Civil Veterinary Department. Central Provinces & Berar 1925-31 - 1925-1931
Year: 1925
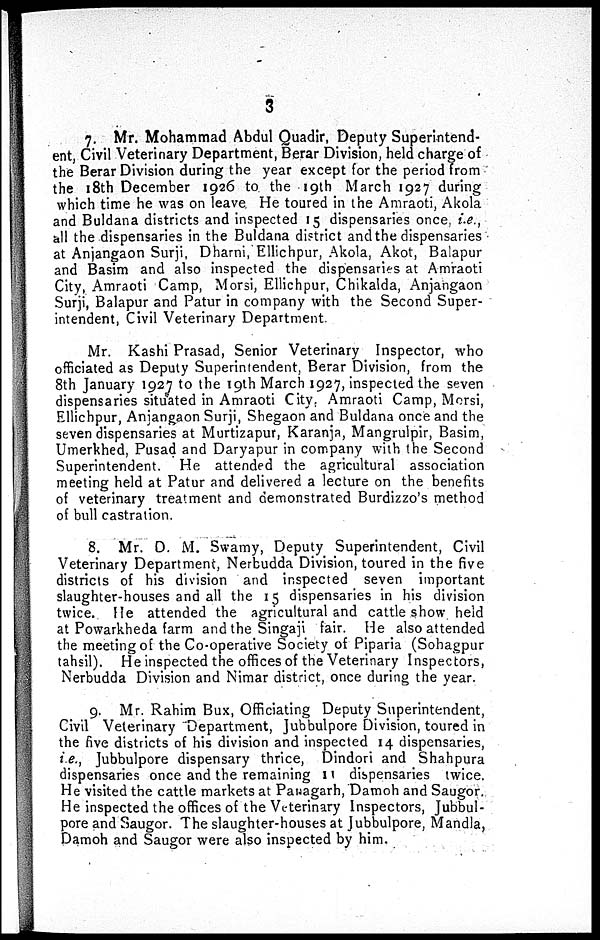
3
7. Mr. Mohammad Abdul Quadir, Deputy Superintend-
ent, Civil Veterinary Department, Berar Division, held charge of
the Berar Division during the year except for the period from
the 18th December 1926 to the 19th March 1927 during
which time he was on leave He toured in the Amraoti, Akola
and Buldana districts and inspected 15 dispensaries once, i.e.,
all the dispensaries in the Buldana district and the dispensaries
at Anjangaon Surji, Dharni, Ellichpur, Akola, Akot, Balapur
and Basim and also inspected the dispensaries at Amraoti
City, Amraoti Camp, Morsi, Ellichpur, Chikalda, Anjangaon
Surji, Balapur and Patur in company with the Second Super-
intendent, Civil Veterinary Department.
Mr. Kashi Prasad, Senior Veterinary Inspector, who
officiated as Deputy Superintendent, Berar Division, from the
8th January 1927 to the 19th March 1927, inspected the seven
dispensaries situated in Amraoti City, Amraoti Camp, Morsi,
Ellichpur, Anjangaon Surji, Shegaon and Buldana once and the
seven dispensaries at Murtizapur, Karanja, Mangrulpir, Basim,
Umerkhed, Pusad and Daryapur in company with the Second
Superintendent. He attended the agricultural association
meeting held at Patur and delivered a lecture on the benefits
of veterinary treatment and demonstrated Burdizzo's method
of bull castration.
8. Mr. D. M. Swamy, Deputy Superintendent, Civil
Veterinary Department, Nerbudda Division, toured in the five
districts of his division and inspected seven important
slaughter-houses and all the 15 dispensaries in his division
twice. He attended the agricultural and cattle show held
at Powarkheda farm and the Singaji fair. He also attended
the meeting of the Co-operative Society of Piparia (Sohagpur
tahsil). He inspected the offices of the Veterinary Inspectors,
Nerbudda Division and Nimar district, once during the year.
9. Mr. Rahim Bux, Officiating Deputy Superintendent,
Civil Veterinary Department, Jubbulpore Division, toured in
the five districts of his division and inspected 14 dispensaries,
i.e., Jubbulpore dispensary thrice, Dindori and Shahpura
dispensaries once and the remaining 11 dispensaries twice.
He visited the cattle markets at Panagarh, Damoh and Saugor.
He inspected the offices of the Veterinary Inspectors, Jubbul-
pore and Saugor. The slaughter-houses at Jubbulpore, Mandla,
Damoh and Saugor were also inspected by him.